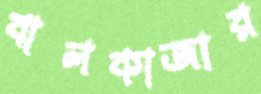
বালকাজার